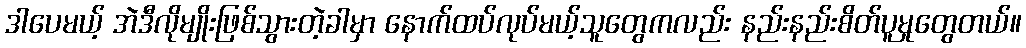
ဒါပေမယ့် အဲဒီလိုမျိုးဖြစ်သွားတဲ့ခါမှာ နောက်ထပ်လုပ်မယ့်သူတွေကလည်း နည်းနည်းစိတ်ပူမှုတွေတယ်။